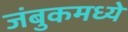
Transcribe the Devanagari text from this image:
जंबुकमध्ये